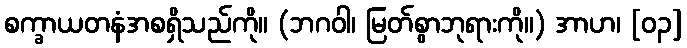
စက္ခာယတနံအစရှိသည်ကို။ (ဘဂဝါ၊ မြတ်စွာဘုရားကို။) အာဟ၊ [၀၃]